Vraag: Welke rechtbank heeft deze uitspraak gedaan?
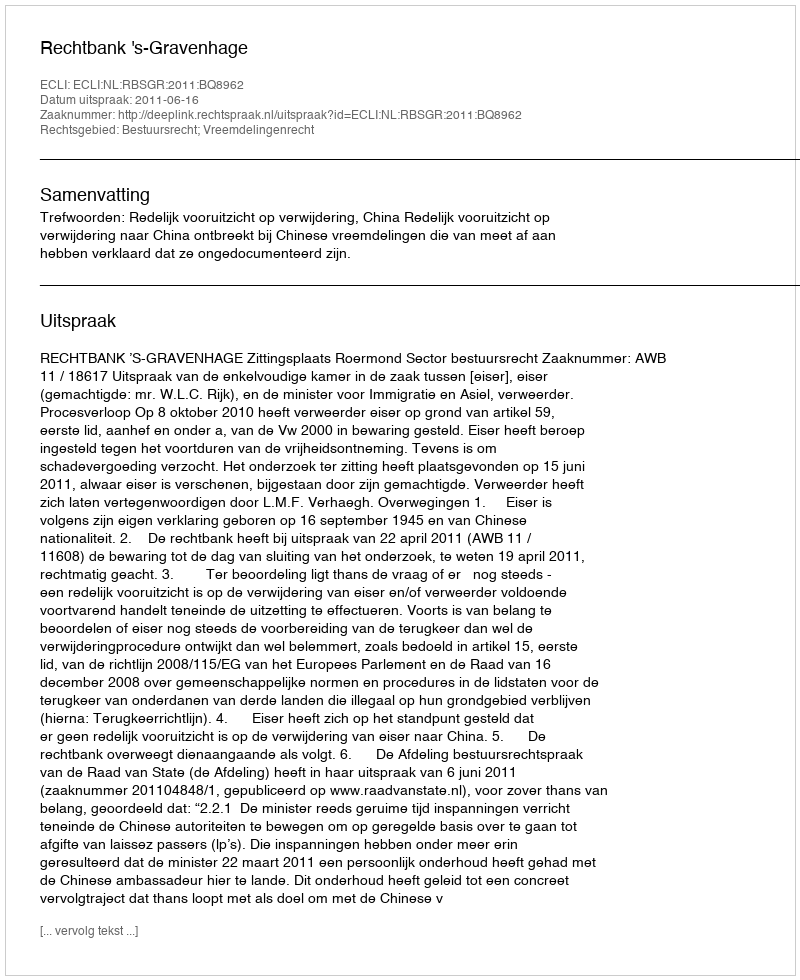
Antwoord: Rechtbank 's-Gravenhage